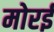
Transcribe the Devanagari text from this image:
मोरई